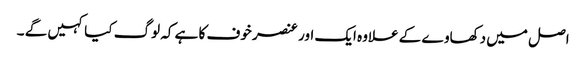
اصل میں دکھاوے کے علاوہ ایک اور عنصر خوف کا ہے کہ لوگ کیا کہیں گے ۔